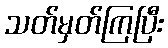
သတ်မှတ်ကြပြီး